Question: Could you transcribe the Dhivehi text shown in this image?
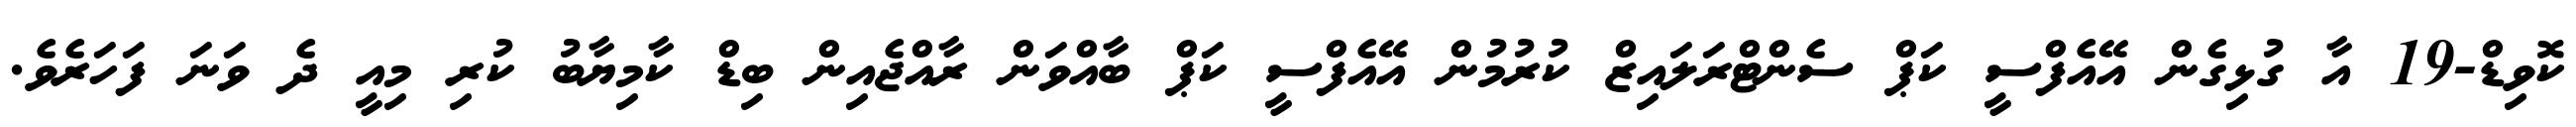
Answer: ކޮވިޑް-19 އާ ގުޅިގެން އޭއެފްސީ ކަޕް ސެންޓްރަލައިޒް ކުރުމުން އޭއެފްސީ ކަޕް ބާއްވަން ރާއްޖެއިން ބިޑް ކާމިޔާބު ކުރި މިއީ ދެ ވަނަ ފަހަރެވެ.